Vaccination in Bombay 1924-1928 - 1924-1928
Year: 1924
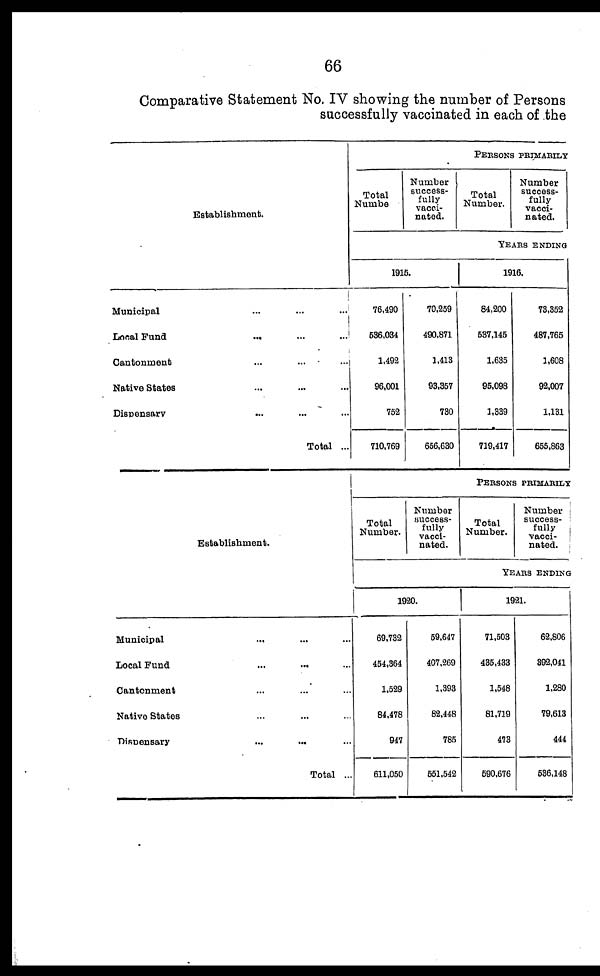
66
Comparative Statement No. IV showing the number of Persons
successfully vaccinated in each of the
Establishment.
Municipal ... ... ...
Local Fund ... ... ...
Cantonment
...
...
...
Native States ... ... ...
Dispensary ... ... ...
Total ...
PERSONS PRIMARILY
Total
Number
Number
success-
fully
vacci-
nated.
Total
Number.
Number
success-
fully
vacci-
nated.
YEARS ENDING
1915.
76,490
536,034
1,492
96,001
752
710,769
70,259
490,871
1,413
93,357
730
656,630
1916.
84,200
537,145
1,635
95,098
1,339
719,417
73,352
487,765
1,608
92,007
1,131
655,863
Establishment.
Municipal ... ... ...
Local Fund
...
...
...
Cantonment ... ... ...
Native States ... ... ...
Dispensary ... ... ...
Total ...
PERSONS PRIMARILY
Total
Number.
Number
success-
fully
vacci-
nated.
Total
Number.
Number
success-
fully
vacci-
nated.
YEARS ENDING
1920.
69,732
454,364
1,529
84,478
947
611,050
59,647
407,269
1,393
82,448
785
551,542
1921.
71,503
435,433
1,548
81,719
473
590,676
62,806
392,041
1,280
79,613
444
536,148